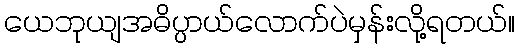
ယေဘုယျအဓိပ္ပာယ်လောက်ပဲမှန်းလို့ရတယ်။